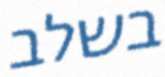
בשלב